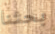
بحثنا